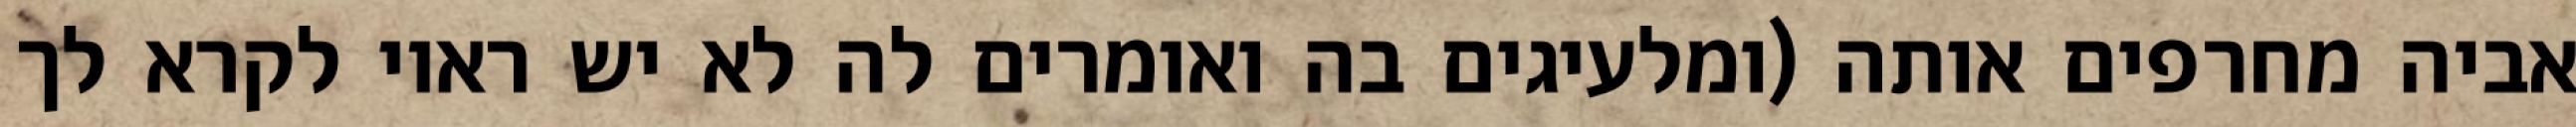
אביה מחרפים אותה (ומלעיגים בה ואומרים לה לא יש ראוי לקרא לך